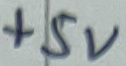
Text: +5V